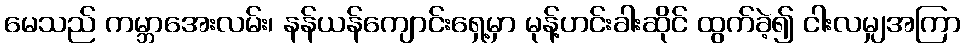
မေသည် ကမ္ဘာအေးလမ်း၊ နန်ယန်ကျောင်းရှေ့မှာ မုန့်ဟင်းခါးဆိုင် ထွက်ခဲ့၍ ငါးလမျှအကြာ